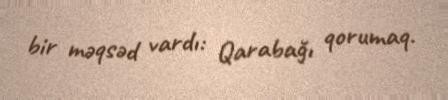
bir məqsəd vardı: Qarabağı qorumaq.